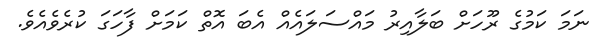
ނަމަ ކަމުގެ ރޫހަށް ބަލާއިރު މައްސަލައެއް އެބަ އޮތް ކަމަށް ފާހަގަ ކުރެވެއެވެ.